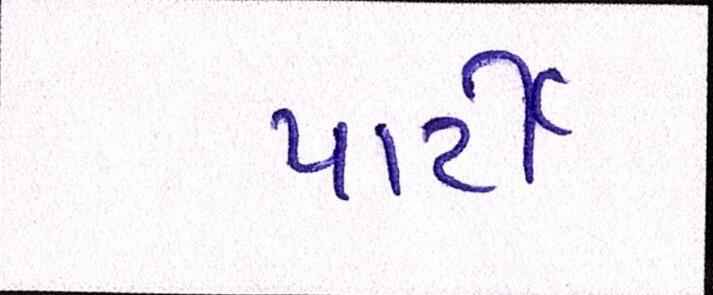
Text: પાર્ટી